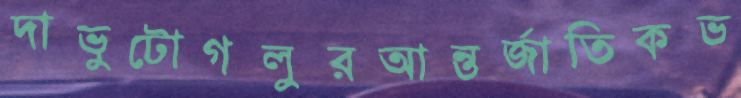
দাভুটোগলুরআন্তর্জাতিকভ